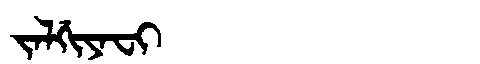
Manchu: ᠵᠠᠯᡤᡳᠶᠠᠸᡳ
Romanization: JALGIYAFI